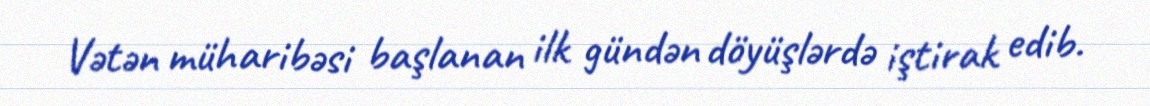
Vətən müharibəsi başlanan ilk gündən döyüşlərdə iştirak edib.